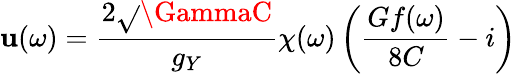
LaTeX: \mathbf{u}(\omega)=\frac{{2\sqrt{}{{\GammaC}}}}{{g_{Y}}}\chi(\omega)\left(\frac{{Gf(\omega)}}{{8C}}-i\right)